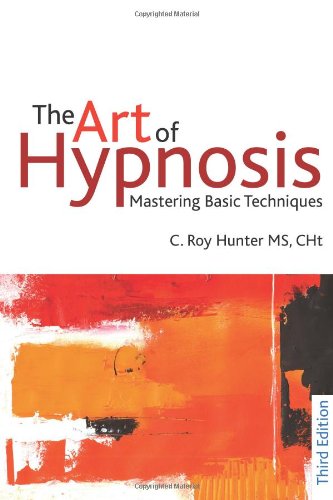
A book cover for The Art of Hypnosis: Mastering Basic Techniques; Roy Hunter; Self-Help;